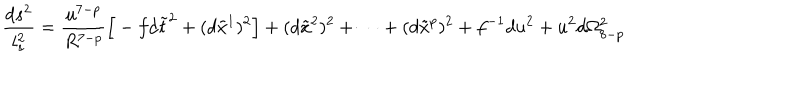
LaTeX: \frac { d s ^ { 2 } } { l _ { s } ^ { 2 } } = \frac { u ^ { 7 - p } } { R ^ { 7 - p } } \Big [ - f d \tilde { t } ^ { 2 } + ( d \tilde { x } ^ { 1 } ) ^ { 2 } \Big ] + ( d \tilde { x } ^ { 2 } ) ^ { 2 } + \cdots + ( d \tilde { x } ^ { p } ) ^ { 2 } + f ^ { - 1 } d u ^ { 2 } + u ^ { 2 } d \Omega _ { 8 - p } ^ { 2 }